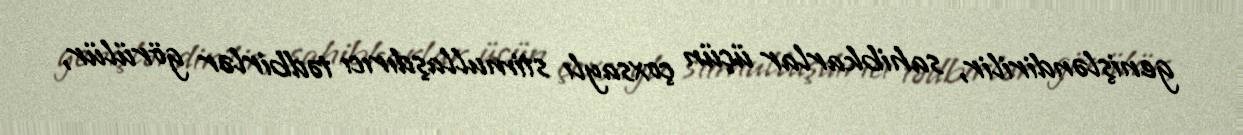
genişləndirilir, sahibkarlar üçün çoxsaylı stimullaşdırıcı tədbirlər görülür,